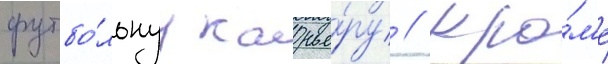
футбо́льнуу карье́ру // Кро́м'е